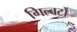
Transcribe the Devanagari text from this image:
गिल्बर्टो